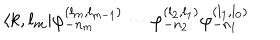
\langle k , l _ { m } | \varphi _ { - n _ { m } } ^ { ( l _ { m } , l _ { m - 1 } ) } \cdots \varphi _ { - n _ { 2 } } ^ { ( l _ { 2 } , l _ { 1 } ) } \varphi _ { - n _ { 1 } } ^ { ( l _ { 1 } , l _ { 0 } ) }